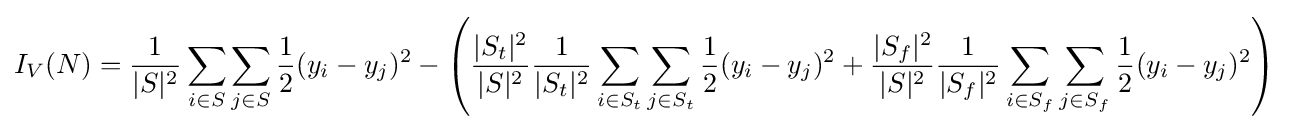
I_{V}(N)={\frac {1}{|S|^{2}}}\sum _{i\in S}\sum _{j\in S}{\frac {1}{2}}(y_{i}-y_{j})^{2}-\left({\frac {|S_{t}|^{2}}{|S|^{2}}}{\frac {1}{|S_{t}|^{2}}}\sum _{i\in S_{t}}\sum _{j\in S_{t}}{\frac {1}{2}}(y_{i}-y_{j})^{2}+{\frac {|S_{f}|^{2}}{|S|^{2}}}{\frac {1}{|S_{f}|^{2}}}\sum _{i\in S_{f}}\sum _{j\in S_{f}}{\frac {1}{2}}(y_{i}-y_{j})^{2}\right)